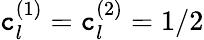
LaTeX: \mathtt{c}_{l}^{(1)}=\mathtt{c}_{l}^{(2)}=1/2